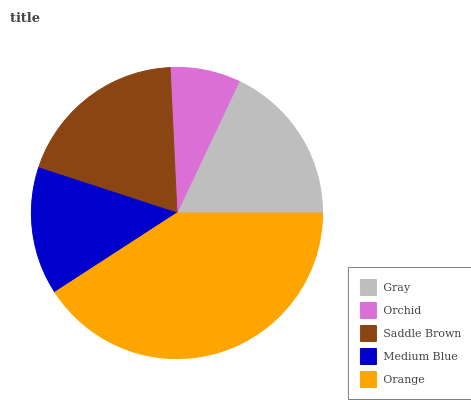
| Gray | Orchid | Saddle Brown | Medium Blue | Orange |
 | --- | --- | --- | --- | --- |
 | 18% | 7.77% | 19.2% | 14.2% | 40.9% |